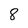
Character: 8